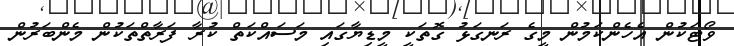
ވޯޓަކުން އެހެންކަމުން މީގެ ރަނގަޅު ގޮތަކީ މީޑިޔާގައި މަސައްކަތް ކުރާ ފަރާތްތަކުން މެންބަރުން